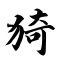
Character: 猗